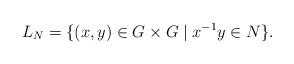
LaTeX: \begin{align*}L_N = \{(x,y) \in G \times G \mid x^{-1}y \in N\}.\end{align*}